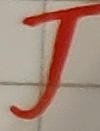
Text: J